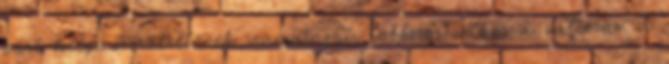
párt helyi szervezetének irányítását, többször írtam a változás, a